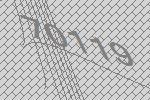
70119